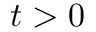
t > 0